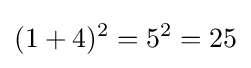
(1+4)^{2}=5^{2}=25